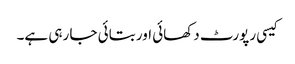
کیسی رپورٹ دکھائی اور بتائی جا رہی ہے۔